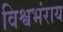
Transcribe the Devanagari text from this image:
विश्वभंराय